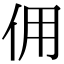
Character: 佣